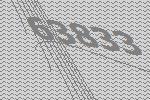
63833